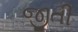
જીતી